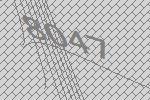
8047